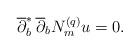
LaTeX: \begin{align*} \overline{\partial}^*_b\,\overline\partial_bN^{(q)}_mu=0.\end{align*}